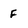
Character: f